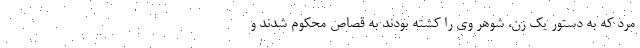
مرد که به دستور یک زن، شوهر وی را کشته بودند به قصاص محکوم شدند و